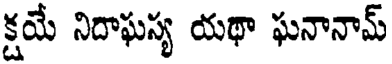
క్షయే నిదాఘస్య యథా ఘనానామ్